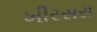
ખીરસરા